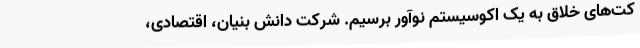
کت‌های خلاق به یک اکوسیستم نوآور برسیم. شرکت دانش بنیان، اقتصادی،